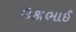
ઉકાભાઈ